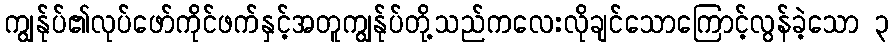
ကျွန်ုပ်၏လုပ်ဖော်ကိုင်ဖက်နှင့်အတူကျွန်ုပ်တို့သည်ကလေးလိုချင်သောကြောင့်လွန်ခဲ့သော ၃